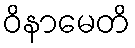
ဝိနာမေတိ